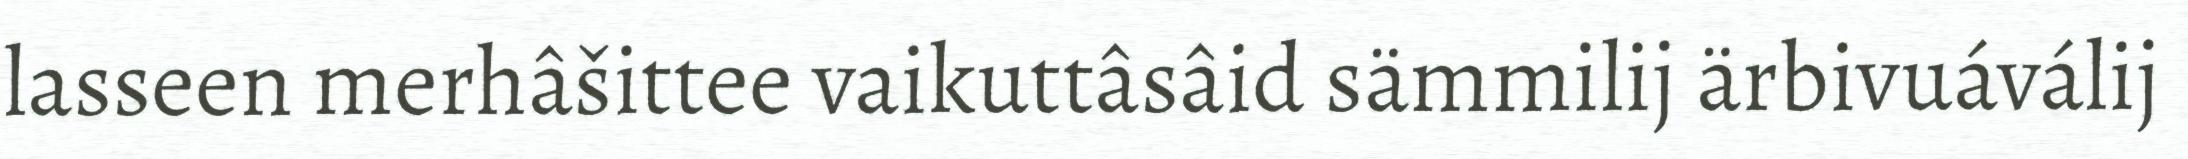
lasseen merhâšittee vaikuttâsâid sämmilij ärbivuáválij